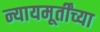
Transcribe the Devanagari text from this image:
न्यायमूर्तींच्या